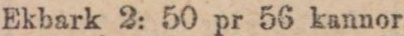
Ekbark 2: 50 pr 56 kannor.